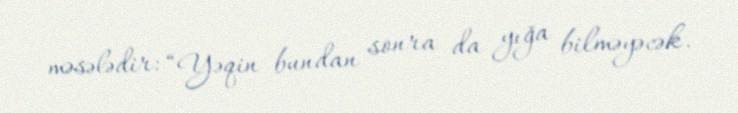
məsələdir: “Yəqin bundan sonra da yığa bilməyəcək.